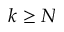
k \geq N